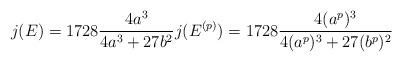
LaTeX: \begin{align*} j(E)=1728\frac{4a^3}{4a^3+27b^2} j(E^{(p)})=1728\frac{4(a^p)^3}{4(a^p)^3+27(b^p)^2} \end{align*}